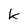
Character: k